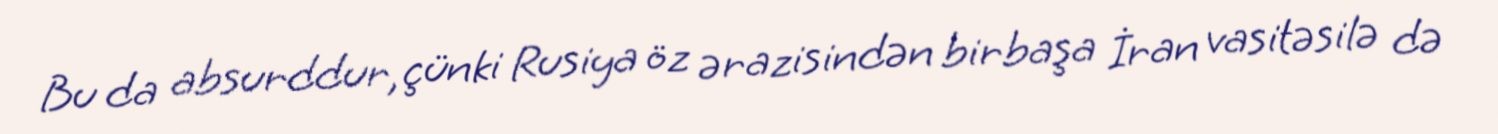
Bu da absurddur, çünki Rusiya öz ərazisindən birbaşa İran vasitəsilə də